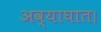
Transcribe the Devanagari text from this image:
अव्याघात।